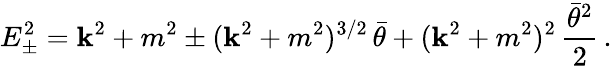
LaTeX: E_{\pm}^{2}=\mathbf{k}^{2}+m^{2}\pm(\mathbf{k}^{2}+m^{2})^{3/2}\, \bar{{\theta}}+(\mathbf{k}^{2}+m^{2})^{2}\, \frac{{\bar{{\theta}}^{2}}}{{2}}\, .